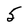
Character: 5